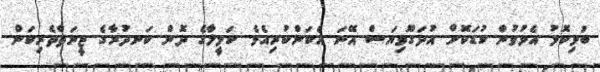
ބުޅިކޮޅު އެޅުވުން ކުޑަކޮށް އުދަގޫވިޔަސް އޭނަ އެކަންކުރިއެވެ. ކަމީލާގެ ދޮން ކަނދުރާގެ ޒީނަތްތެރިކަން